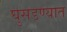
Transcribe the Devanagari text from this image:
घुसडण्यात